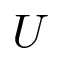
U